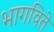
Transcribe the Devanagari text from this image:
भागविते